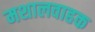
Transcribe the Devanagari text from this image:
मशालवाहक